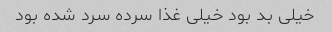
خیلی بد بود خیلی غذا سرده سرد شده بود